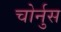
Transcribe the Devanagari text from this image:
चोर्नुस